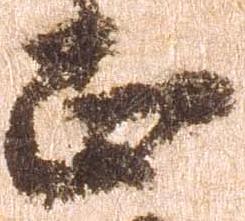
正